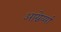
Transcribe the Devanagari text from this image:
आग्नेय्यां